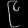
Digit: ၉